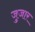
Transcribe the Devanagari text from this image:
जुजार